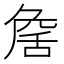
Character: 𦧕